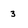
Character: 3